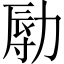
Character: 𠢑